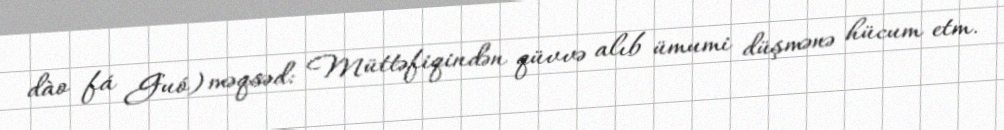
dào fá Guó) məqsəd: Müttəfiqindən qüvvə alıb ümumi düşmənə hücum etm.